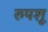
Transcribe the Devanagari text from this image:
रुपशू